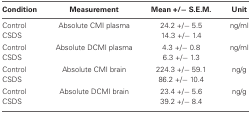
| Condition | Measurement | Mean +/− S.E.M. | Unit |
 | --- | --- | --- | --- |
 | Control | Absolute CMI plasma | 24.2 +/− 5.5 | ng/ml |
 | CSDS |  | 14.3 +/− 1.4 |
 | Control | Absolute DCMI plasma | 4.3 +/− 0.8 | ng/ml |
 | CSDS |  | 6.3 +/− 1.3 |
 | Control | Absolute CMI brain | 224.3 +/− 59.1 | ng/g |
 | CSDS |  | 86.2 +/− 10.4 |
 | Control | Absolute DCMI brain | 23.4 +/− 5.6 | ng/g |
 | CSDS |  | 39.2 +/− 8.4 |